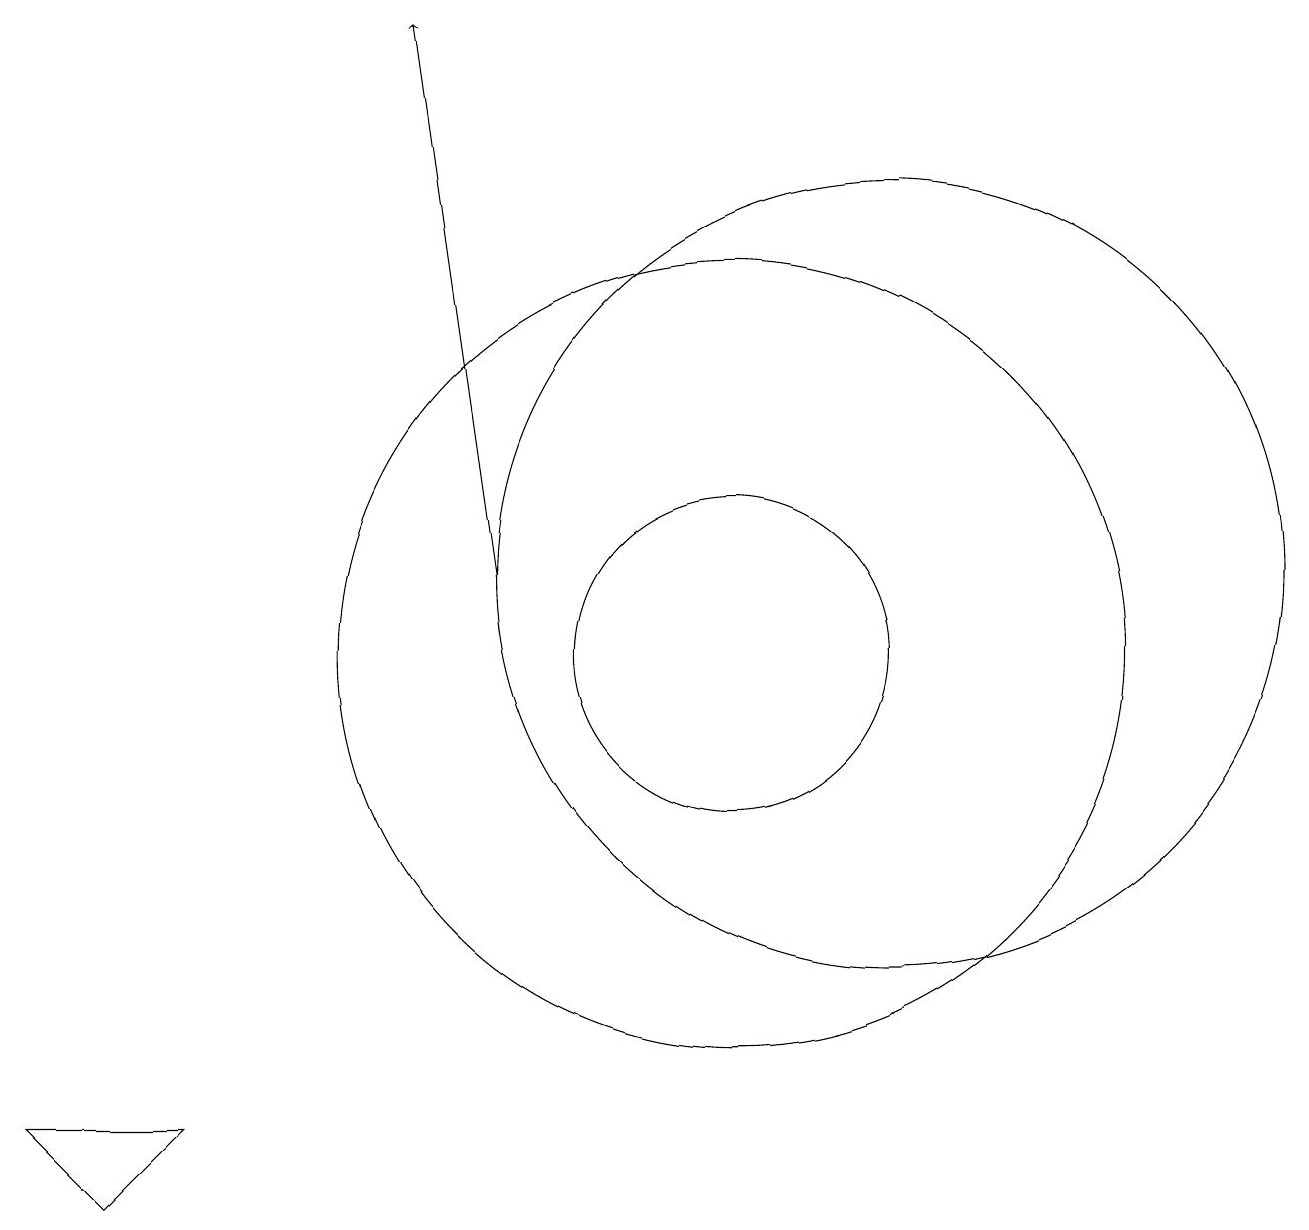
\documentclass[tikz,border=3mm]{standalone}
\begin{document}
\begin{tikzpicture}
\draw[->] (7,11) -- (6,18);
\draw (11,12) circle (0);
\draw (12,11) circle (5);
\draw (10,10) circle (5);
\draw (10,10) circle (2);
\draw (2,3) -- (3,4) -- (1,4) -- cycle;
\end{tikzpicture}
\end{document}